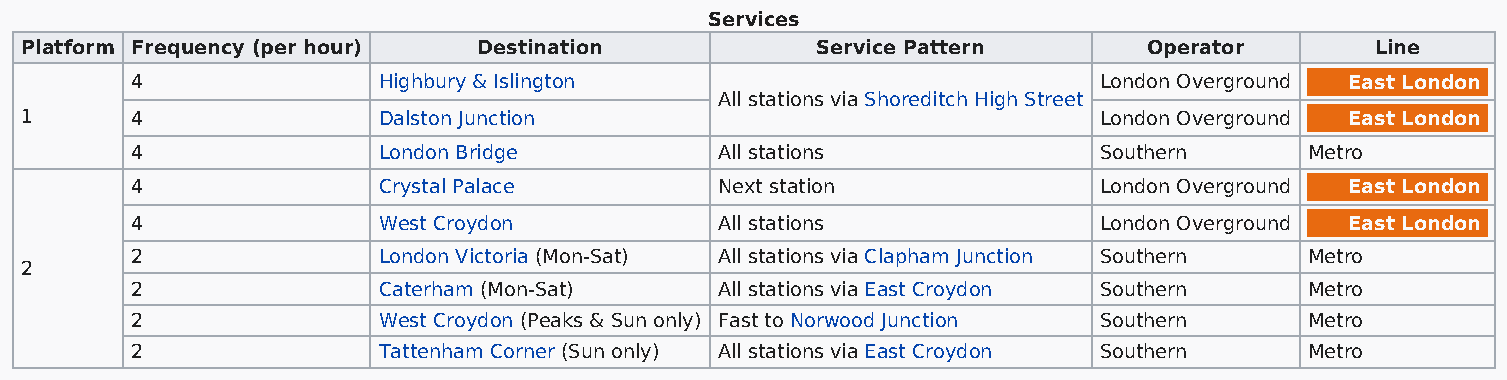
Services
 Platform Frequency (per hour)  Destination           Service Pattern       Operator       Line
 4               Highbury & Islington                            London Overground East London
 All stations via Shoreditch High Street
 1       4               Dalston Junction                                London Overground East London
 4               London Bridge          All stations             Southern      Metro
 4               Crystal Palace         Next station             London Overground East London
 4               West Croydon           All stations             London Overground East London
 2               London Victoria (Mon-Sat) All stations via Clapham Junction Southern Metro
 2
 2               Caterham (Mon-Sat)     All stations via East Croydon Southern Metro
 2               West Croydon (Peaks & Sun only) Fast to Norwood Junction Southern Metro
 2               Tattenham Corner (Sun only) All stations via East Croydon Southern Metro